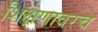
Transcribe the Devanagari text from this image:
शिक्षणावरच